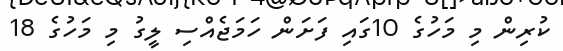
ކުރިން މި މަހުގެ 10ގައި ފަށަން ހަމަޖެއްސި ލީގު މި މަހުގެ 18